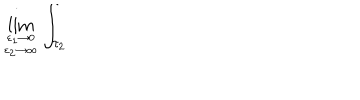
\lim _ { { \varepsilon _ { 1 } \to 0 } \atop { \varepsilon _ { 2 } \to \infty } } \int _ { \tau _ { 2 } }